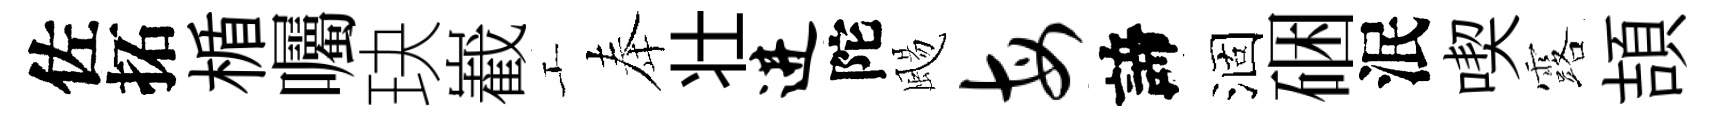
佐拓楯囑玦嶻工奉壮进陀颺每諦涸硱泯喫露頡